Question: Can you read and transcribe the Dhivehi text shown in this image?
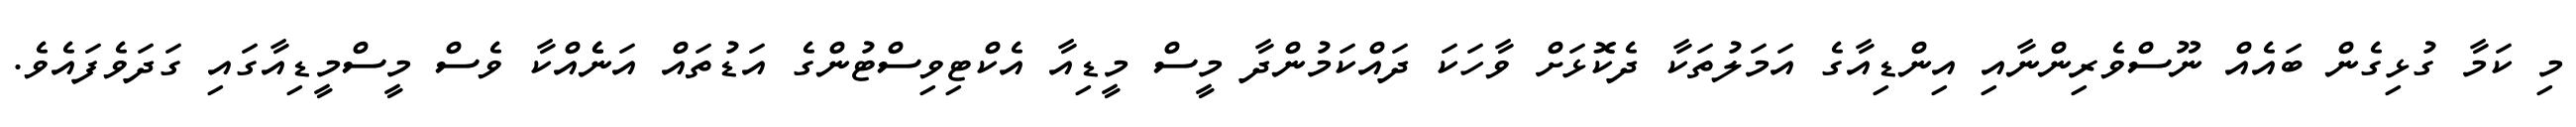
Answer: މި ކަމާ ގުޅިގެން ބައެއް ނޫސްވެރިންނާއި އިންޑިއާގެ އަމަލުތަކާ ދެކޮޅަށް ވާހަކަ ދައްކަމުންދާ މީސް މީޑިއާ އެކްޓިވިސްޓުންގެ އަޑުތައް އަނެެއްކާ ވެސް މީސްމީޑިއާގައި ގަދަވެފައެވެ.